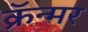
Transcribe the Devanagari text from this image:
क्रॅन्मर